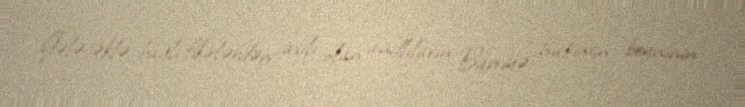
Gələcəklə bağlı fikirlərdən asılı olan andlıların Barriyə hakimin beyninin